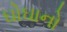
ઘોઘાનો